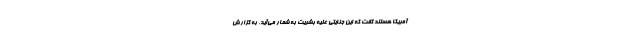
آمریکا هستند گفت که این جنایتی علیه بشریت به شمار می‌آید. به گزارش